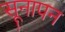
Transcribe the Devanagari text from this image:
सूनापन